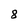
Character: 8